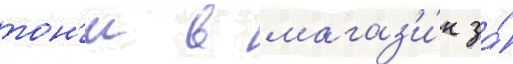
тон'и в магаз'и́н за́